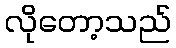
လိုတော့သည်